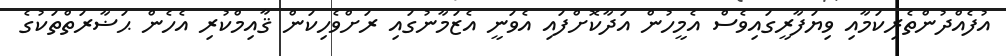
އުފެއްދުންތެރިކަމާއި ވިޔަފާރީގައިވެސް އެމީހުން އަދާކޮށްފައި އެވަނީ އެޒަމާނުގައި ރަށްވެހިކަން ޤާއިމްކުރި އެހެން ޙަޟާރަތްތަކުގެ